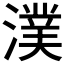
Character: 𣾴